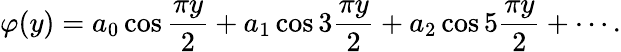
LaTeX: \varphi(y)=a_{0}\cos{\frac{\pi y}{2}}+a_{1}\cos 3{\frac{\pi y}{2}}+a_{2}\cos 5{\frac{\pi y}{2}}+\cdots.